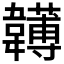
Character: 𩏯